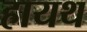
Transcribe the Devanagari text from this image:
हायथ